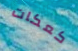
كعكات